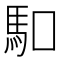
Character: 𠺎